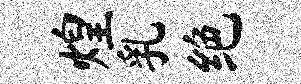
煌乳绝